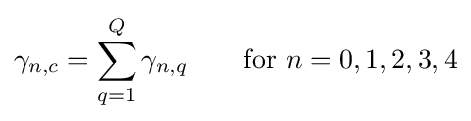
\gamma _{n,c}=\sum _{q=1}^{Q}\gamma _{n,q}\quad \quad {\text{for }}n=0,1,2,3,4